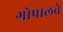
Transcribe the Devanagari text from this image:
गोपालचे